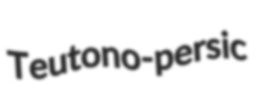
Teutono-persic